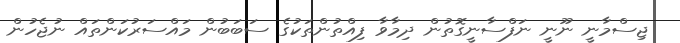
ޖިސްމާނީ ނޫނީ ނަފްސާނީގޮތުން ދިމާވާ ފިއްތުންތަކުގެ ސަބަބުން މައްސަރުކަންތައް ނުޖެހުން